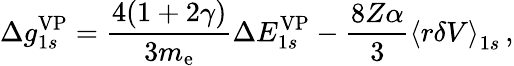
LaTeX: \Delta{g}_{1s}^{\mathrm{VP}}=\frac{4(1+2\gamma)}{3m_{\mathrm{e}}}\Delta{E}_{1s}^{\mathrm{VP}}-\frac{8Z\alpha}{3}\left\langle r\delta V\right\rangle_{1s}\, ,